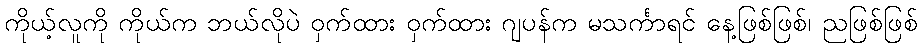
ကိုယ့်လူကို ကိုယ်က ဘယ်လိုပဲ ဝှက်ထား ဝှက်ထား ဂျပန်က မသင်္ကာရင် နေ့ဖြစ်ဖြစ်၊ ညဖြစ်ဖြစ်